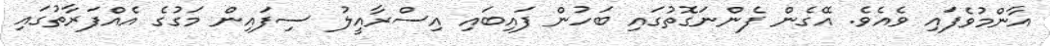
އާންމުވެފައި ވެއެވެ. އޭގެން ފެންނަގޮތުގައި ބަހުން ފައިބައި އިސްރާއީލު ސިފައިން މަގުގެ އެއްފަރާތުގައި